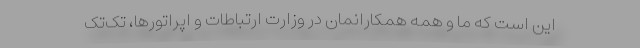
این است که ما و همه همکارانمان در وزارت ارتباطات و اپراتورها، تک‌تک